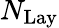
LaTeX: N_{\mathrm{{Lay}}}